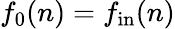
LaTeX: f_{0}(n)=f_{\mathrm{in}}(n)